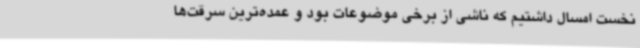
نخست امسال داشتیم که ناشی از برخی موضوعات بود و عمده‌ترین سرقت‌ها